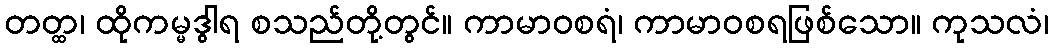
တတ္ထ၊ ထိုကမ္မဒွါရ စသည်တို့တွင်။ ကာမာဝစရံ၊ ကာမာဝစရဖြစ်သော။ ကုသလံ၊